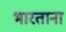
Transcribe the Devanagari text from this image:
भारताना